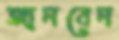
জানবেন